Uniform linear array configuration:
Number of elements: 12
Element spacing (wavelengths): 0.5
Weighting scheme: binomial
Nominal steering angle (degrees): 45
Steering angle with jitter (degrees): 45.723
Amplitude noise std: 0.05
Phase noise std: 0.05

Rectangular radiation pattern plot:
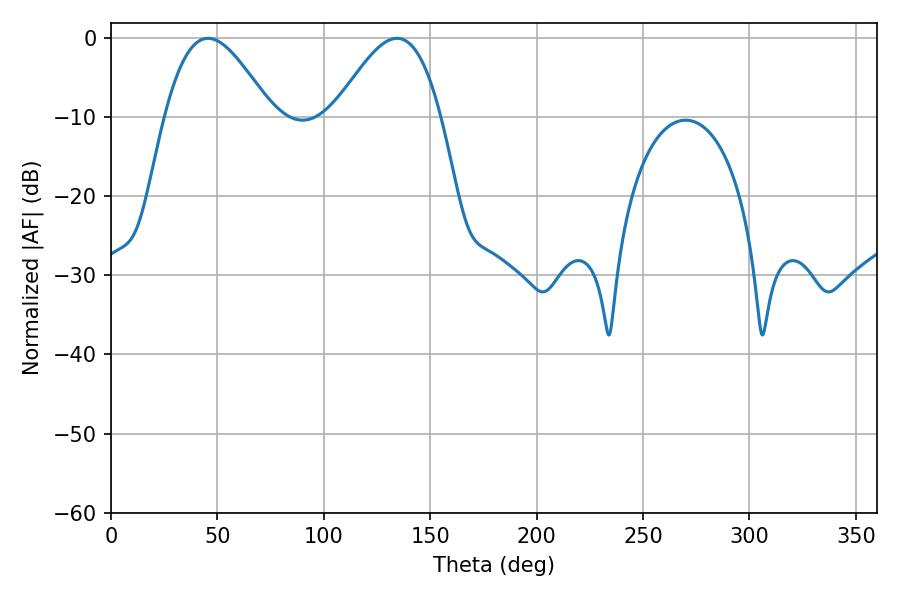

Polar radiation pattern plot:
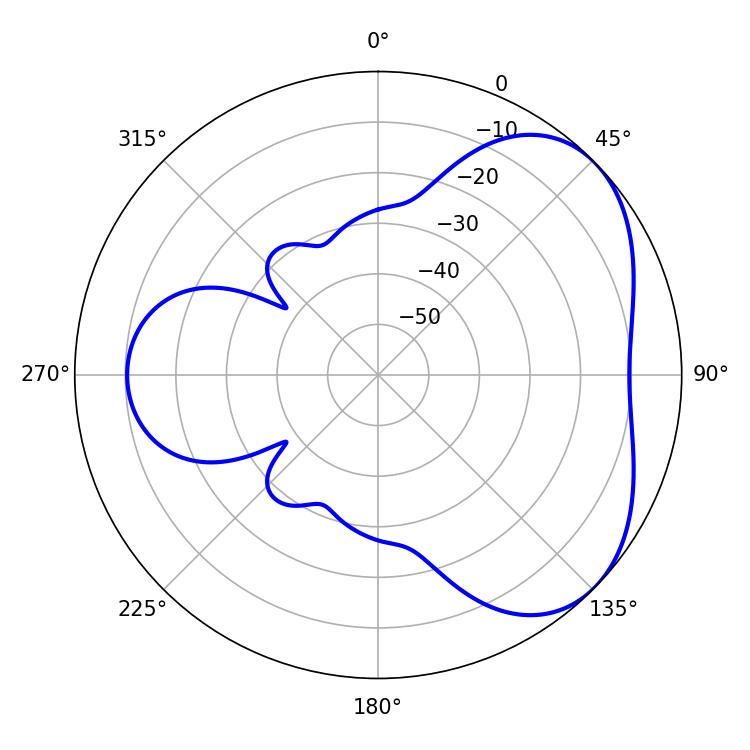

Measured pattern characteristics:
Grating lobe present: FALSE
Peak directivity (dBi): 4.308
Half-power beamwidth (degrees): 26.82
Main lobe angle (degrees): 45.54